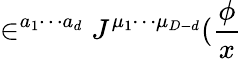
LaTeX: \in^{a_{1}\cdots a_{d}}J^{\mu_{1}\cdots\mu_{D-d}}(\frac\phi x